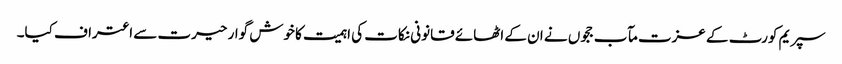
سپریم کورٹ کے عزت مآب ججوں نے ان کے اٹھائے قانونی نکات کی اہمیت کا خوش گوار حیرت سے اعتراف کیا۔